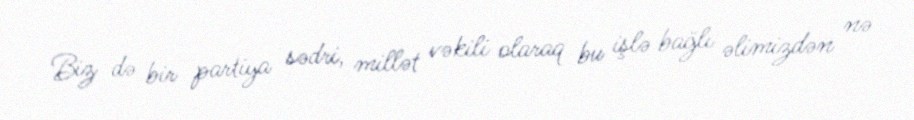
Biz də bir partiya sədri, millət vəkili olaraq bu işlə bağlı əlimizdən nə